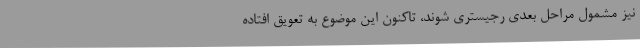
نیز مشمول مراحل بعدی رجیستری شوند، تاکنون این موضوع به تعویق افتاده